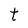
Character: t